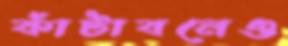
কাঁটাবনেও